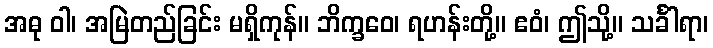
အဓု ဝါ၊ အမြဲတည်ခြင်း မရှိကုန်။ ဘိက္ခဝေ၊ ရဟန်းတို့။ ဧဝံ၊ ဤသို့။ သင်္ခါရာ၊